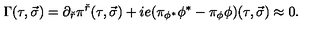
\Gamma ( \tau , \vec { \sigma } ) = \partial _ { \check { r } } \pi ^ { \check { r } } ( \tau , \vec { \sigma } ) + i e ( \pi _ { \phi ^ { * } } \phi ^ { * } - \pi _ { \phi } \phi ) ( \tau , \vec { \sigma } ) \approx 0 .